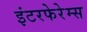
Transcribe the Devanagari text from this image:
इंटरफेरेम्स